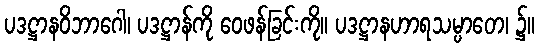
ပဒဋ္ဌာနဝိဘာဂေါ၊ ပဒဋ္ဌာန်ကို ဝေဖန်ခြင်းကို။ ပဒဋ္ဌာနဟာရသမ္ပာတေ၊ ၌။